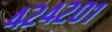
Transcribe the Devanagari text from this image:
४२४२०१